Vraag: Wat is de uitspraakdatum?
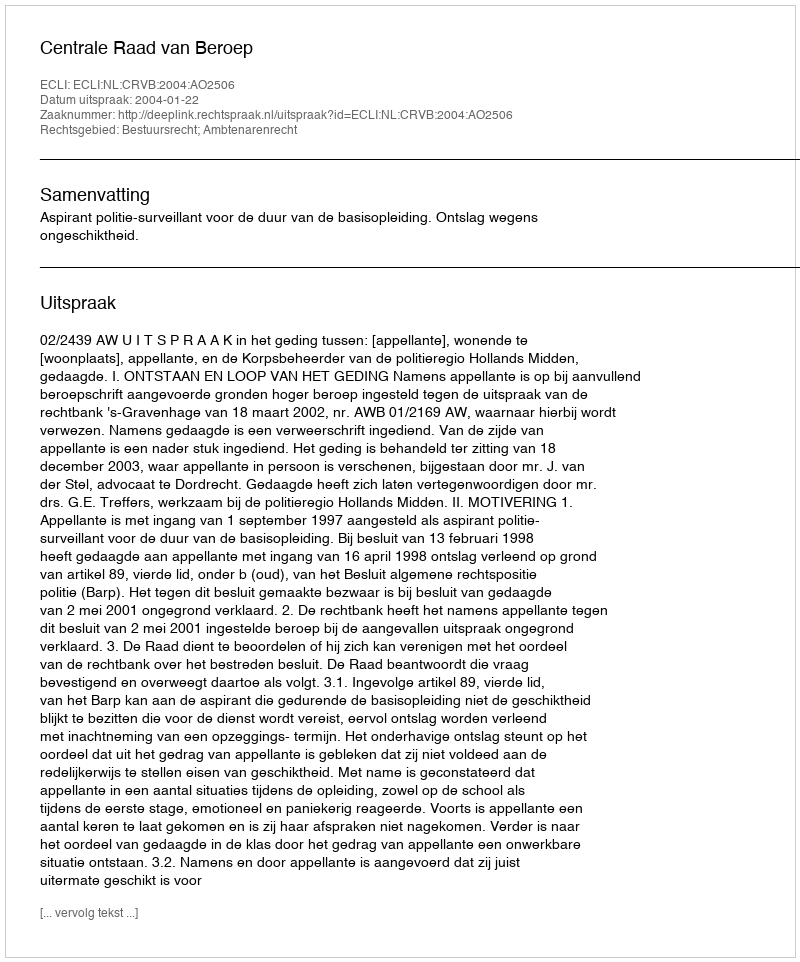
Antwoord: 2004-01-22